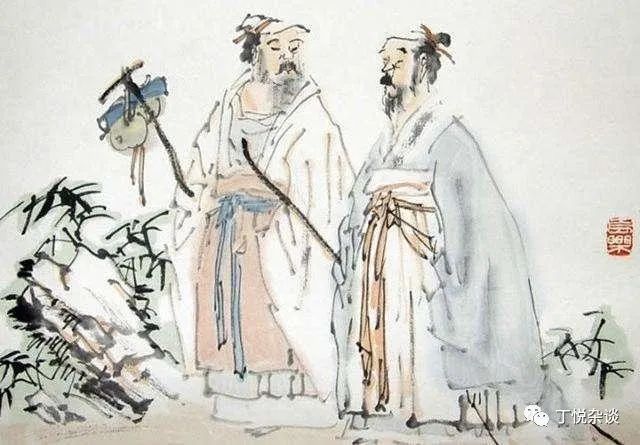
谄谀在侧，善议障塞，则国危矣。